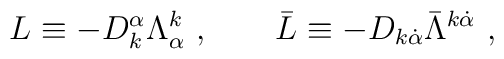
L\equiv -D_{k}^{\alpha }\Lambda _{\alpha }^{k}\ ,\qquad \bar{L}\equiv -D_{k\dot{\alpha}}\bar{\Lambda}^{k\dot{\alpha}}\   ,